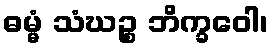
ဓမ္မံ သံဃဉ္စ ဘိက္ခဝေါ၊